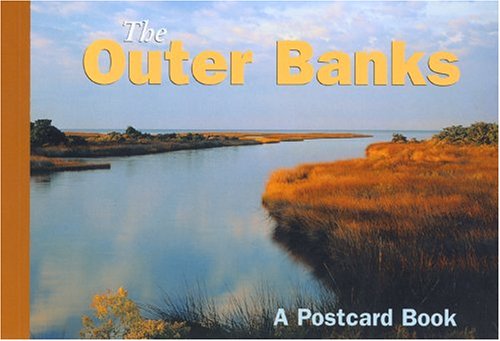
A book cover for The Outer Banks: A Postcard Book (Postcard Books); The Globe Pequot Press; Travel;